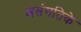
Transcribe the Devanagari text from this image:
असंगतिके